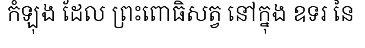
កំឡុង ដែល ព្រះពោធិសត្វ នៅក្នុង ឧទរ នៃ